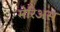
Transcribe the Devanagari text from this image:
मेरिअस